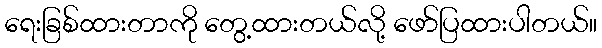
ရေးခြစ်ထားတာကို တွေ့ထားတယ်လို့ ဖော်ပြထားပါတယ်။